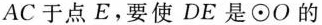
A C$$于点E。要使DE是\odot O的